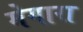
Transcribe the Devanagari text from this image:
मेगारा